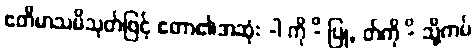
ဧတိမာသမိသုတ်ဖြင့် ဧတာ၏အဆုံး -ါ ကို -ိ ပြု, တ်ကို -ိ သို့ကပ်